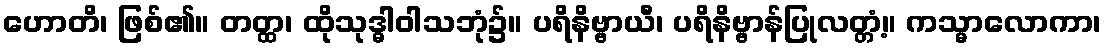
ဟောတိ၊ ဖြစ်၏။ တတ္ထ၊ ထိုသုဒ္ဓါဝါသဘုံ၌။ ပရိနိဗ္ဗာယီ၊ ပရိနိဗ္ဗာန်ပြုလတ္တံ့။ ကသ္မာလောကာ၊